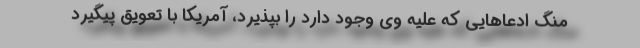
منگ ادعاهایی که علیه وی وجود دارد را بپذیرد، آمریکا با تعویق پیگیرد